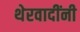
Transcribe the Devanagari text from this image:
थेरवादींनी